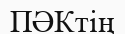
ПӘКтің